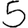
Digit: 5